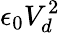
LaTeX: \epsilon_{0}V_{d}^{2}